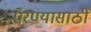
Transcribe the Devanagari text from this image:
पेरण्यासाठी